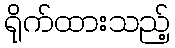
ရိုက်ထားသည့်